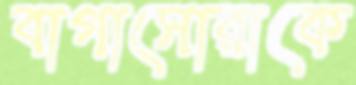
বাগাসোরাকে